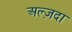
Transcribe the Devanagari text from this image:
अल्ज़दा